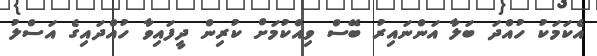
އެކަމަކު ހުއްދަ ބަލާ އަންނައިރު ބޭސް ވިއްކުމަށް ކުރިން ދީފައިވާ ހުއްދައިގެ އަސްލު